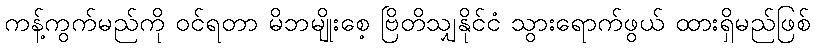
ကန့်ကွက်မည်ကို ဝင်ရတာ မိဘမျိုးစေ့ ဗြိတိသျှနိုင်ငံ သွားရောက်ဖွယ် ထားရှိမည်ဖြစ်